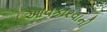
આવકારવાની